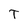
Character: T